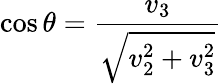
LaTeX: \cos\theta=\frac{v_{3}}{\sqrt{v_{2}^{2}+v_{3}^{2}}}